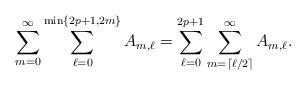
LaTeX: \begin{align*}\sum_{m=0}^{\infty}\sum_{\ell=0}^{\min\{2p+1,2m\}}A_{m,\ell}=\sum_{\ell=0}^{2p+1}\sum_{m=\lceil\ell/2\rceil}^{\infty}A_{m,\ell}.\end{align*}